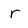
Character: r